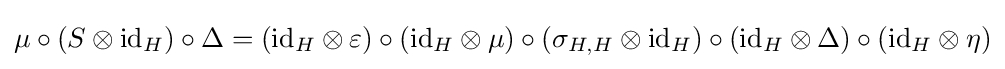
\mu \circ (S\otimes \mathrm {id} _{H})\circ \Delta =(\mathrm {id} _{H}\otimes \varepsilon )\circ (\mathrm {id} _{H}\otimes \mu )\circ (\sigma _{H,H}\otimes \mathrm {id} _{H})\circ (\mathrm {id} _{H}\otimes \Delta )\circ (\mathrm {id} _{H}\otimes \eta )